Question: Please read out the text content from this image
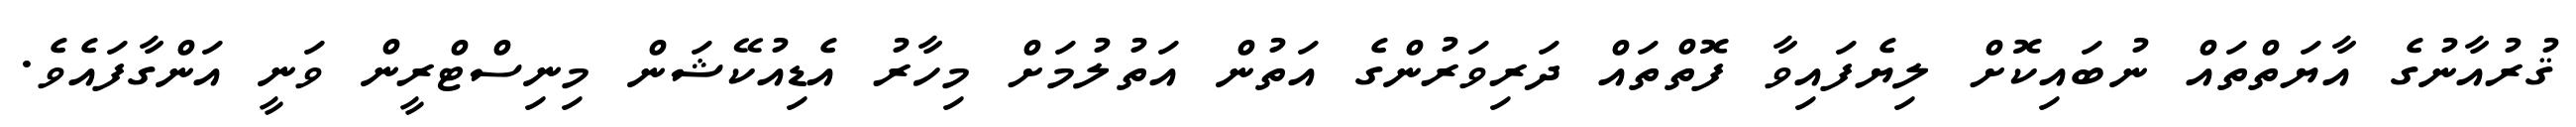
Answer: ޤުރުއާނުގެ އާޔަތްތައް ނުބައިކޮށް ލިޔެފައިވާ ފޮތްތައް ދަރިވަރުންގެ އަތުން އަތުލުމަށް މިހާރު އެޑިއުކޭޝަން މިނިސްޓްރީން ވަނީ އަންގާފައެވެ.